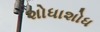
શોધાશોધ